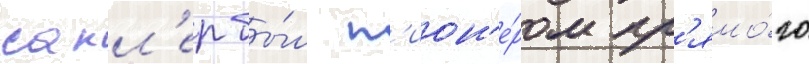
сакл'ер бы́л п'ион'е́ром пр'ямо́го